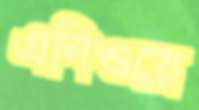
এনিওয়ে